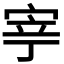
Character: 𭓳